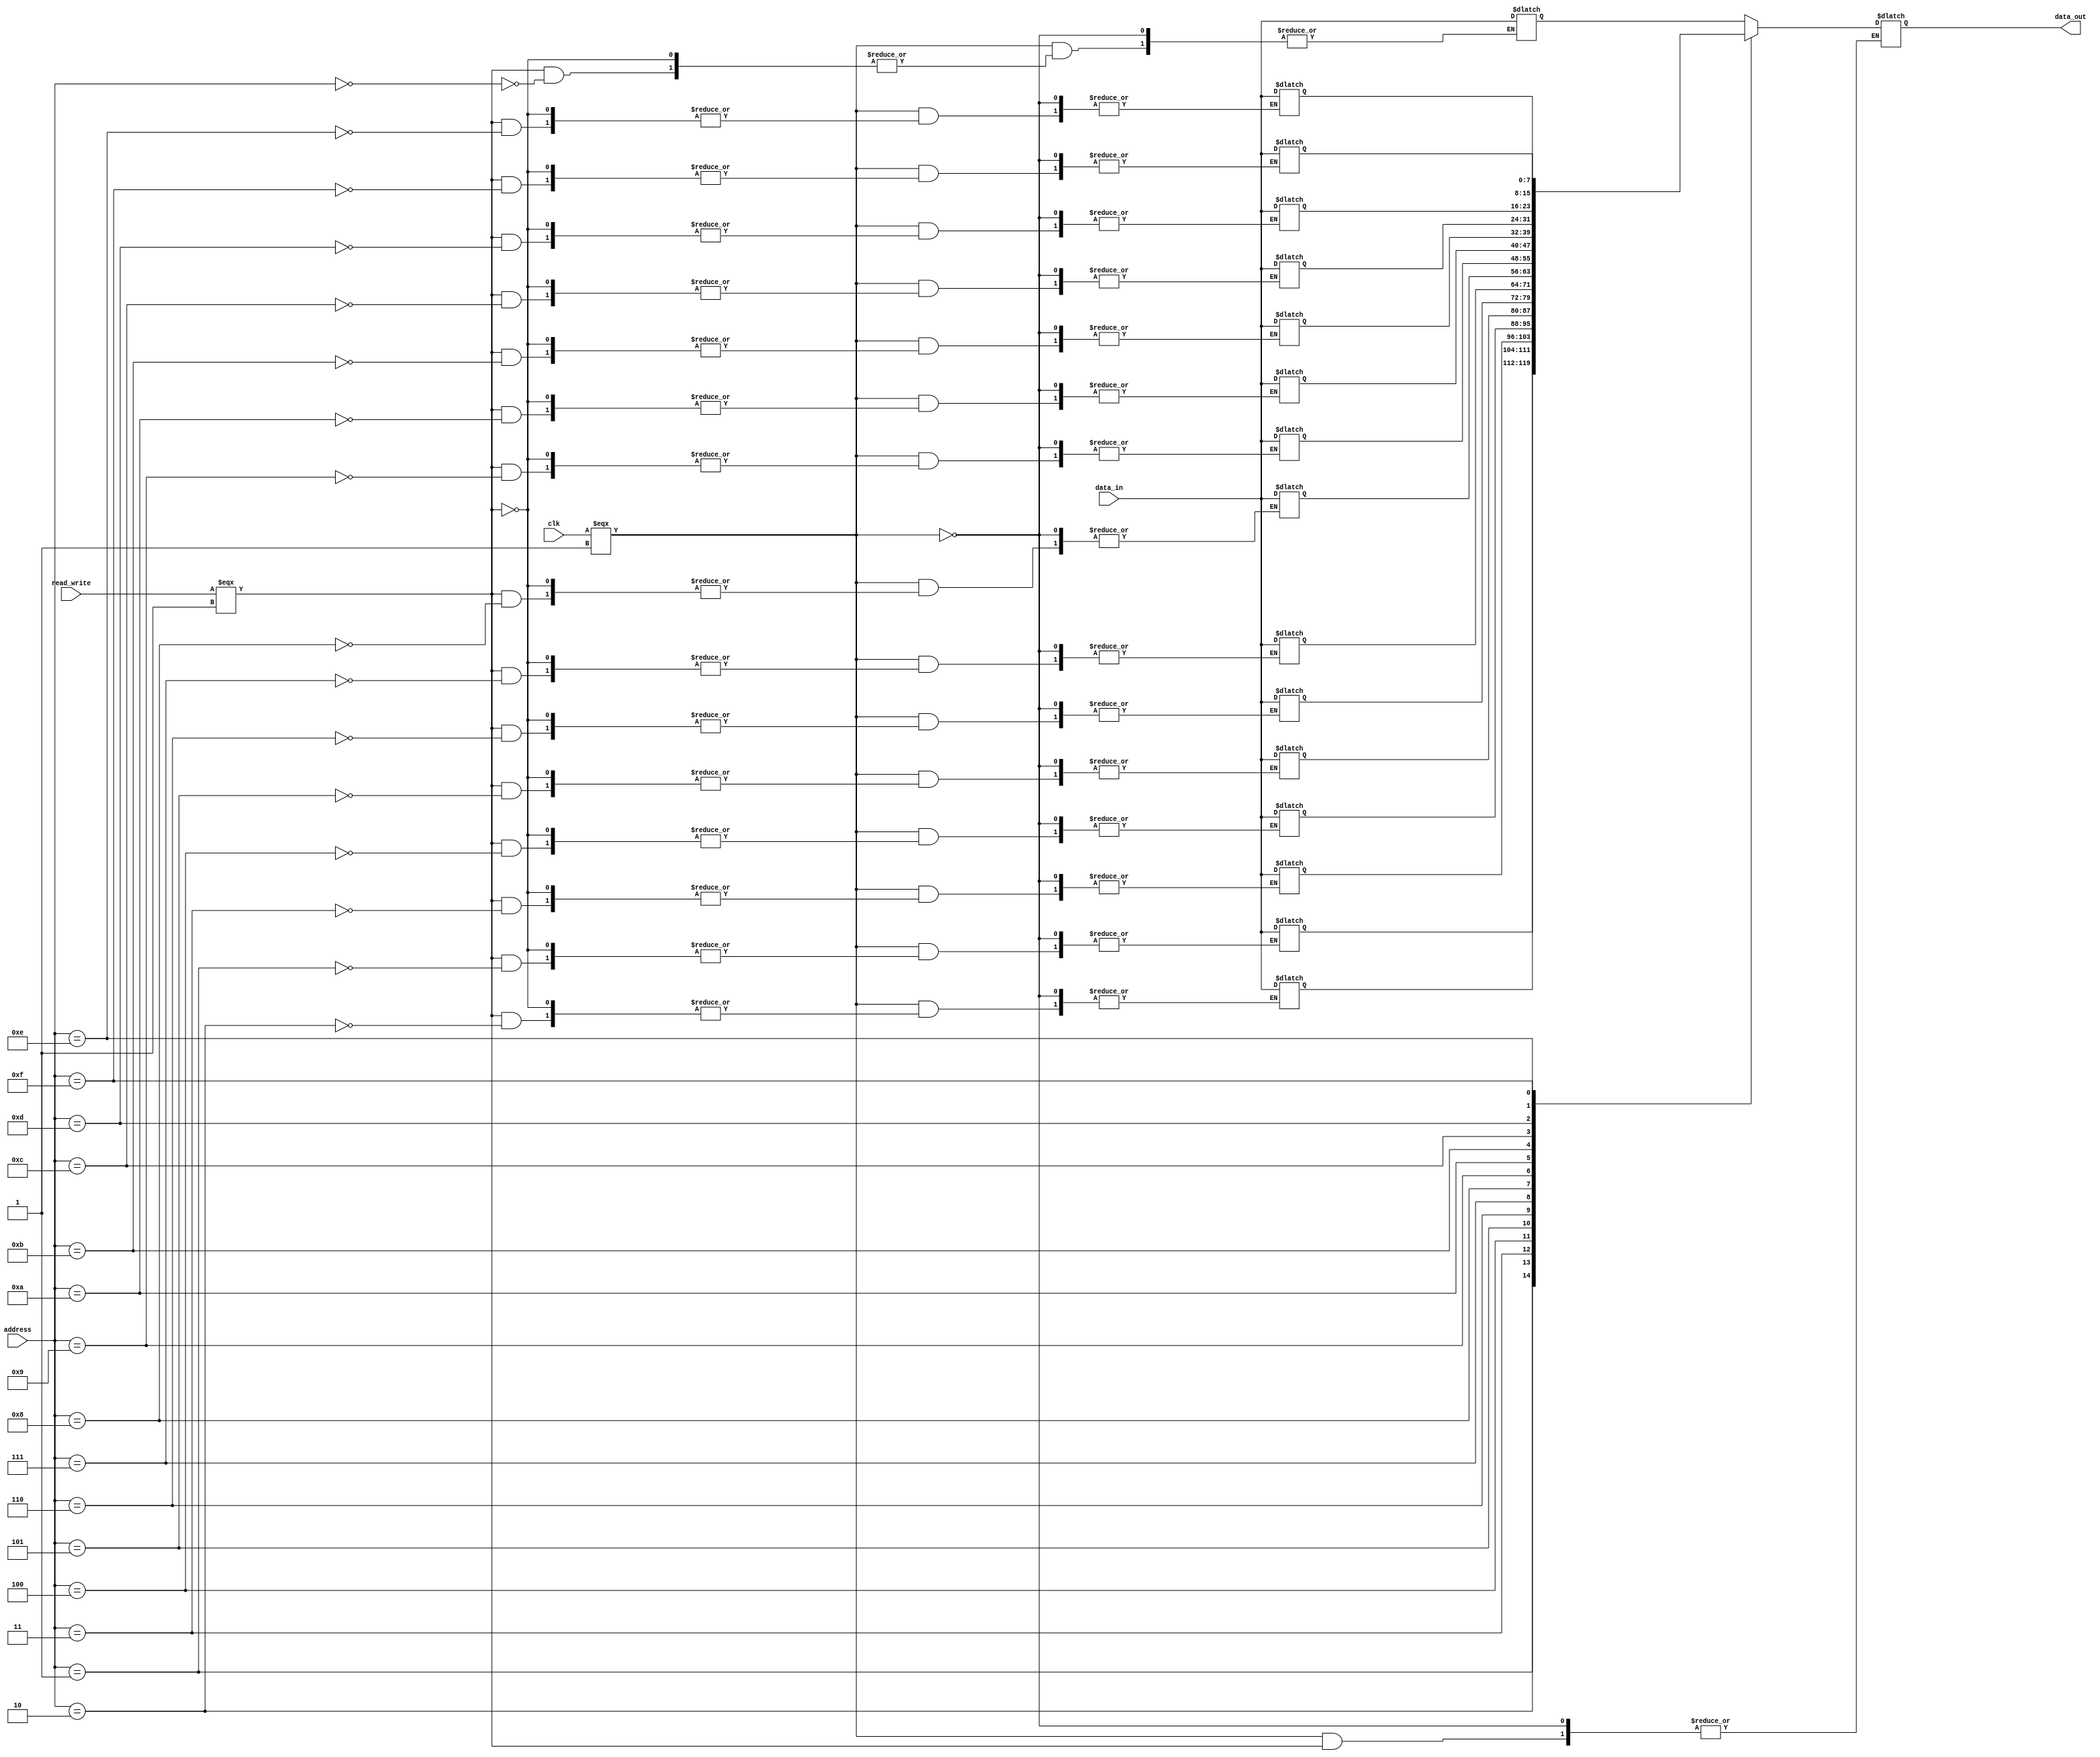
// --------------------------------------------------------------------------------
//  Company:  MSI
//  Design Name: 
//  Module Name:    memory_module - Behavioral 
// -------------------------------------------------------------------------------
`define false 1'b 0
`define FALSE 1'b 0
`define true 1'b 1
`define TRUE 1'b 1

`timescale 1 ns / 1 ns // timescale for following modules



module module_memory (
   clk,
   read_write,
   address,
   data_in,
   data_out);
 
parameter data_length = 8;
parameter addr_length = 4;

input   clk; 
input   read_write; 
input   [addr_length - 1:0] address; 
input   [data_length - 1:0] data_in; 
output   [data_length - 1:0] data_out; 

reg     [data_length - 1:0] data_out; 
reg     [data_length - 1:0] memory [2**addr_length - 1:0]; 


always @(clk)
   begin : process_1
   if (clk === 1'b 1)
      begin
      if (read_write === 1'b 1)
         begin
         memory[address] <= data_in;
           
         end
      else
         begin
         data_out <= memory[address];   
         end
      end
   end




endmodule // module module_memory